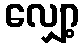
လျှော့